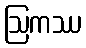
ဩကဿ